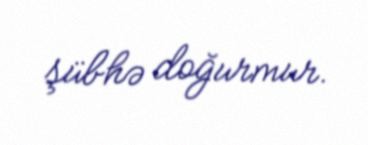
şübhə doğurmur.